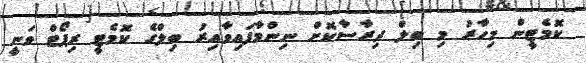
ކޮމެޓީން މިހާރު މި ބިލް ދިރާސާކޮށް ނިންމާފައިވާއިރު ބިލްގެ ކޮމެޓީ ރިޕޯޓް ވަނީ